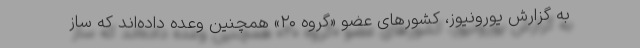
به گزارش یورونیوز، کشورهای عضو «گروه ۲۰» همچنین وعده داده‌اند که ساز